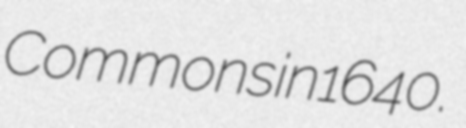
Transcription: Commons in 1640.